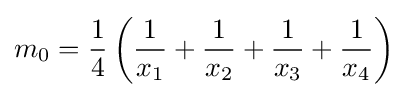
m_{0}={\frac {1}{4}}\left({\frac {1}{x_{1}}}+{\frac {1}{x_{2}}}+{\frac {1}{x_{3}}}+{\frac {1}{x_{4}}}\right)\